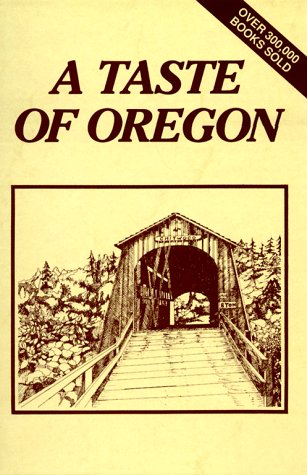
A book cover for A Taste of Oregon; Cookbooks, Food & Wine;